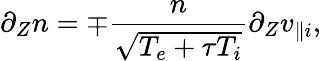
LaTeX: \partial_{Z}n=\mp\frac{n}{\sqrt{T_{e}+\tau T_{i}}}\partial_{Z}v_{\parallel i},